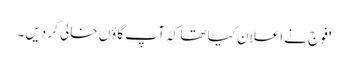
'فوج نے اعلان کیا تھا کہ آپ گاؤں خالی کر دیں۔